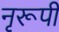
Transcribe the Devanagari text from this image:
नृरूपी